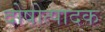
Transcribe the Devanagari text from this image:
दोषोत्पादक